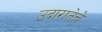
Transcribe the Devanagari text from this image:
उदारातेचे